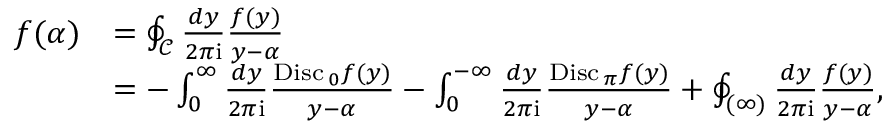
\begin{array} { r l } { f ( \alpha ) } & { = \oint _ { \mathcal { C } } \frac { d y } { 2 \pi \mathrm { i } } \frac { f ( y ) } { y - \alpha } } \\ & { = - \int _ { 0 } ^ { \infty } \frac { d y } { 2 \pi \mathrm { i } } \frac { { \mathrm { D i s c \, } } _ { 0 } f ( y ) } { y - \alpha } - \int _ { 0 } ^ { - \infty } \frac { d y } { 2 \pi \mathrm { i } } \frac { { \mathrm { D i s c \, } } _ { \pi } f ( y ) } { y - \alpha } + \oint _ { ( \infty ) } \frac { d y } { 2 \pi \mathrm { i } } \frac { f ( y ) } { y - \alpha } , } \end{array}